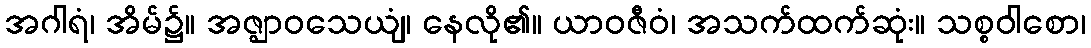
အဂါရံ၊ အိမ်၌။ အဇ္ဈာဝသေယျံ၊ နေလို၏။ ယာဝဇီဝံ၊ အသက်ထက်ဆုံး။ သစ္စဝါစော၊